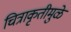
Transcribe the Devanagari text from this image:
चित्राकृतीमुळे